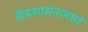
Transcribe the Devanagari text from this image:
केंद्रशासनामध्ये